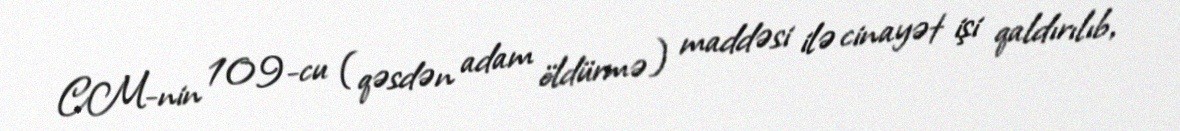
CM-nin 109-cu (qəsdən adam öldürmə) maddəsi ilə cinayət işi qaldırılıb,